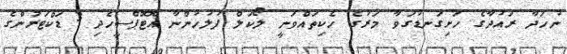
ނުހަދާ ރައުދާގެ ހަށިގަނޑުގަވާ މަރުގެ ހެކިތައްވަނީ ލޯކަލް ފުލުހުންނާ އޮޓޮޕްސީހެދި 3 ޑަކްޓަރުންގެ